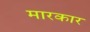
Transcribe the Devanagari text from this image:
मारकार